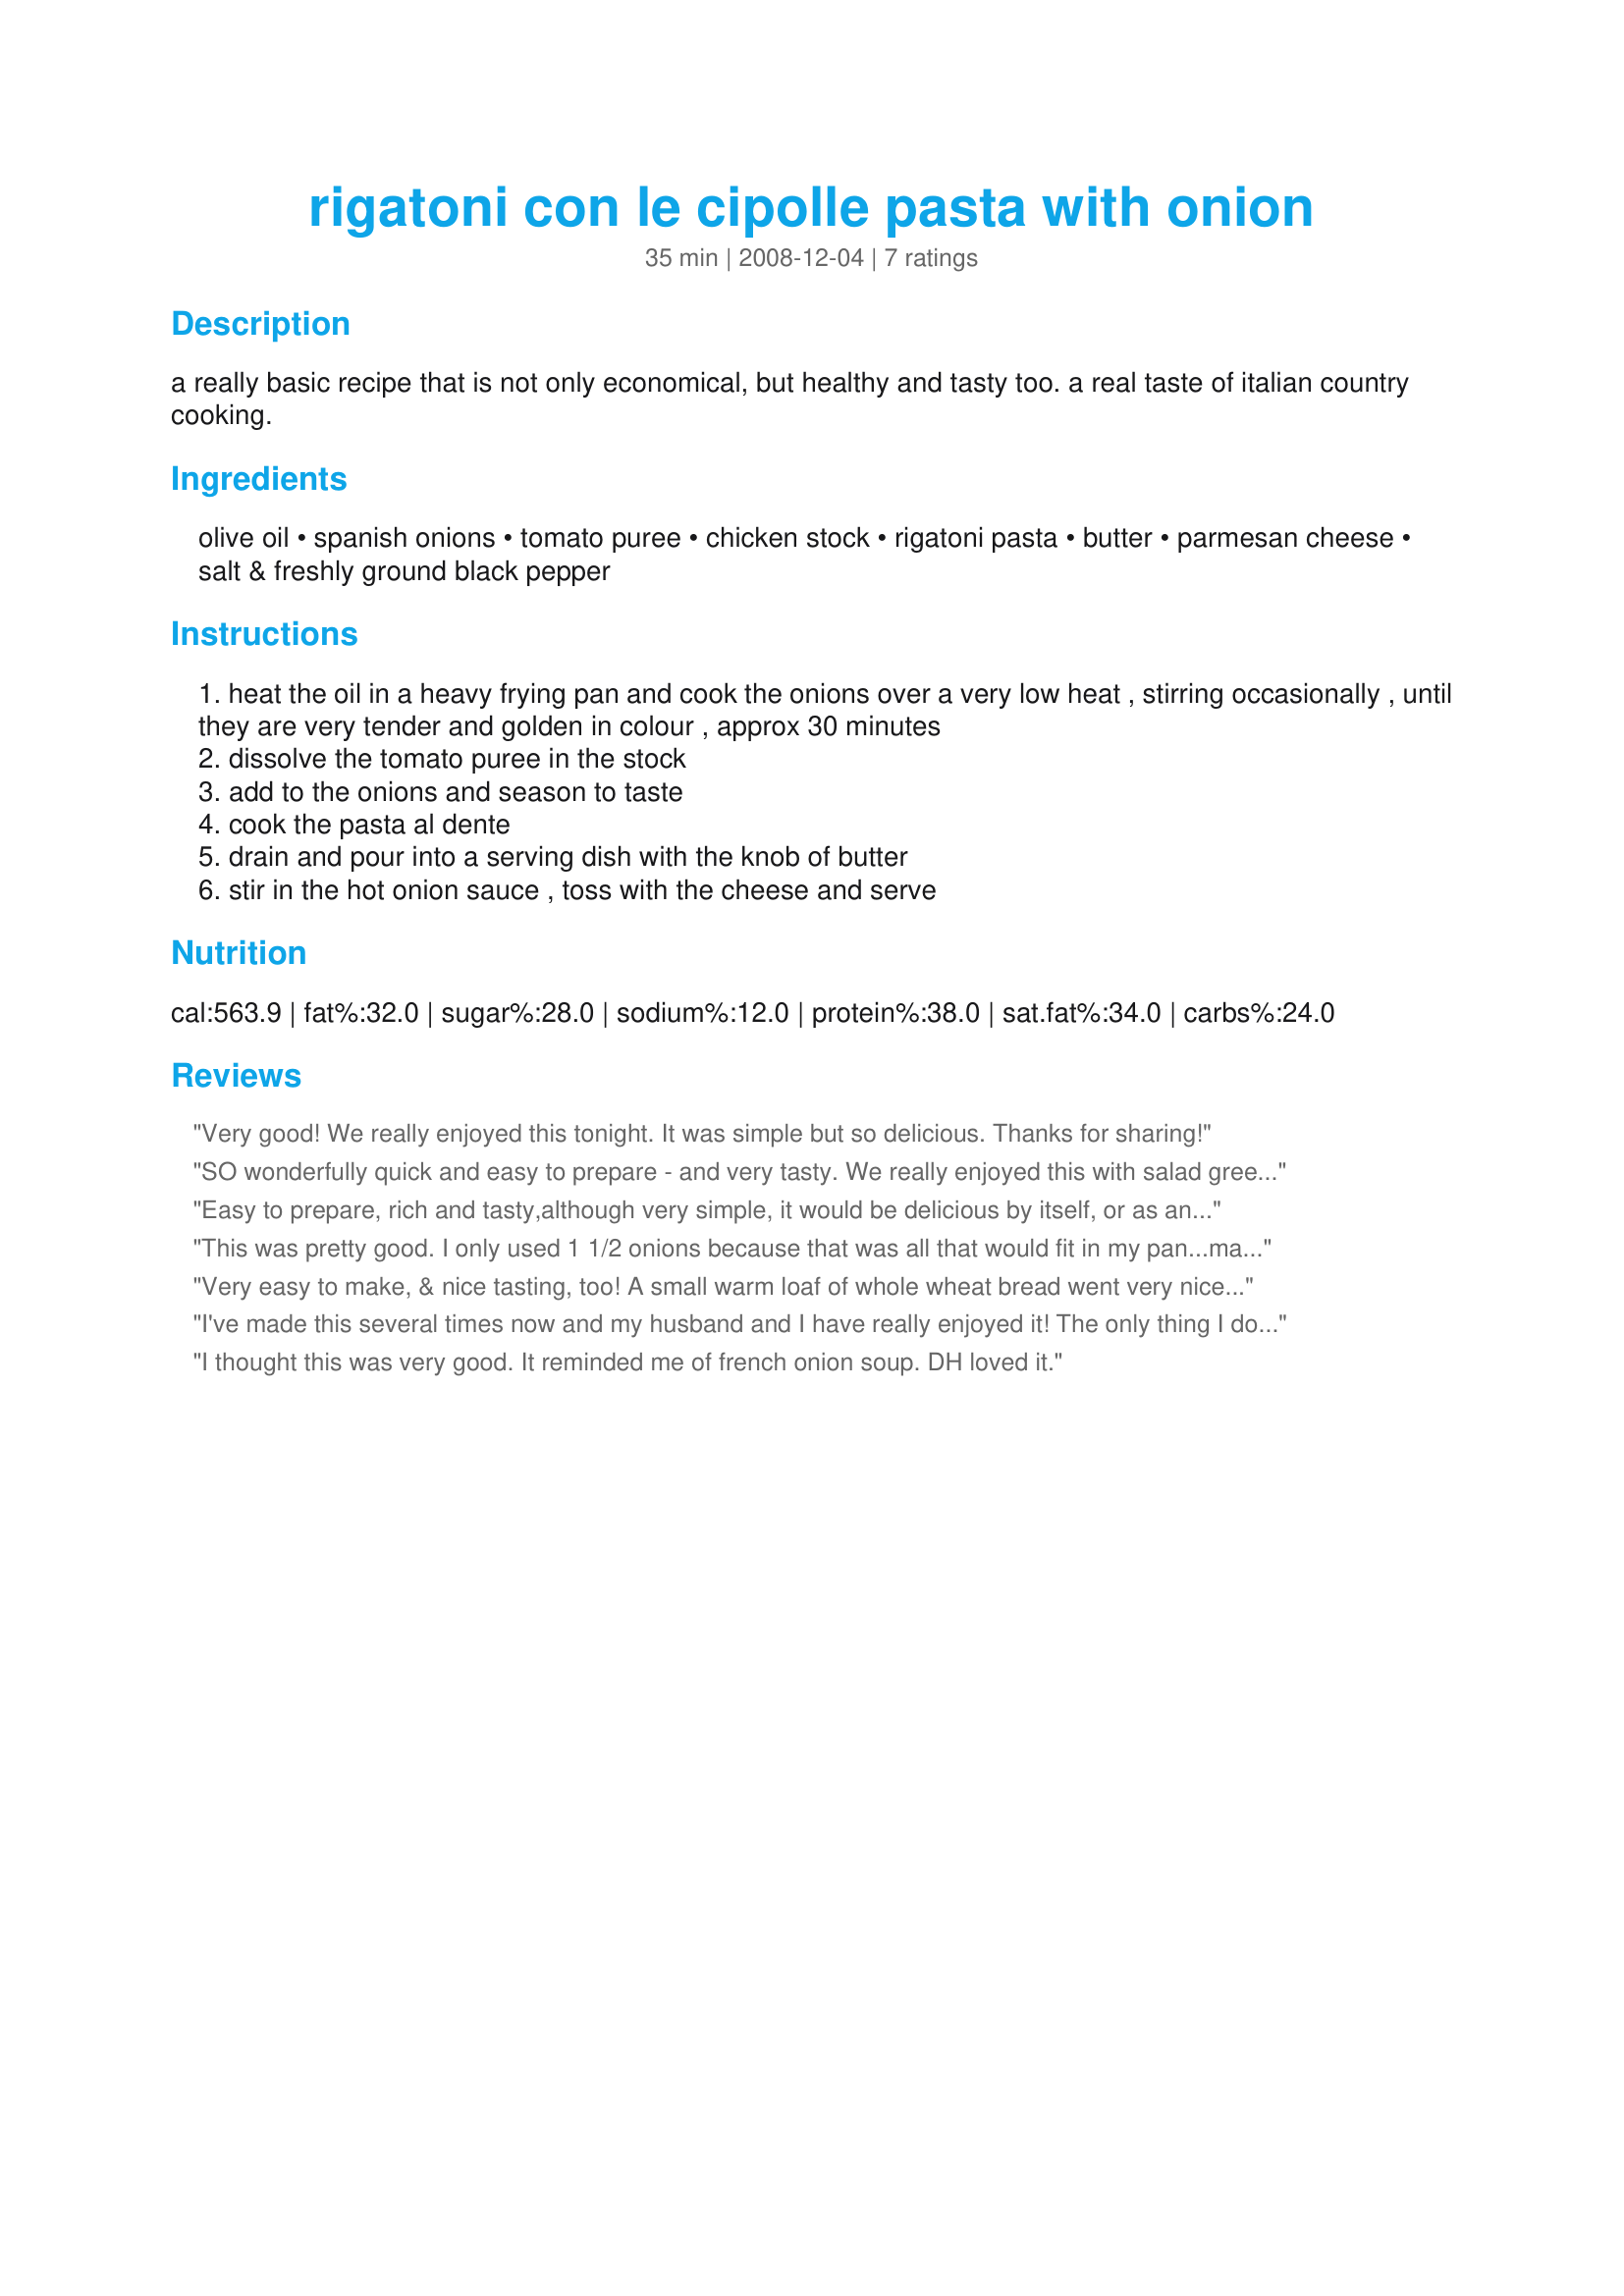
rigatoni con le cipolle pasta with onion
Preparation time: 35 minutes

a really basic recipe that is not only economical, but healthy and tasty too.
a real taste of italian country cooking.

Ingredients:
olive oil, spanish onions, tomato puree, chicken stock, rigatoni pasta, butter, parmesan cheese, salt & freshly ground black pepper

Steps:
heat the oil in a heavy frying pan and cook the onions over a very low heat , stirring occasionally , until they are very tender and golden in colour , approx 30 minutes
dissolve the tomato puree in the stock
add to the onions and season to taste
cook the pasta al dente
drain and pour into a serving dish with the knob of butter
stir in the hot onion sauce , toss with the cheese and serve

Reviews:
Very good! We really enjoyed this tonight. It was simple but so delicious. Thanks for sharing!
SO wonderfully quick and easy to prepare - and very tasty. We really enjoyed this with salad greens, crusty rolls and champagne for lunch with friends. This recipe appealed to me as it effectively showcased the onions rather than allowing them to simply play a supporting role. I made it with penne and parmesan and just couldn't resist adding two cloves of minced garlic and two chopped leeks - just so love the flavour of onions combined with these two ingredients. I also used dried (native Australian) bush tomatoes (a rather obscure ingredient, I know) as I've found that tomato paste always gives me heartburn, so this was very much a personal taste preference choice! This is a recipe I'll happily make again. Made for PRMR.
Easy to prepare, rich and tasty,although very simple, it would be delicious by itself, or as an accompaniement, which is how I used it.

I used wholewheat macaroni, and another time would probably use a softer pasta, although this did go very well, especially if having only this.
This was pretty good. I only used 1 1/2 onions because that was all that would fit in my pan...maybe my onions were really big? The rest I made as written, but then doubled the tomato paste and chicken bullion at the end because it wasn't tomato saucy enough. My husband didn't love this because he thought it was too oniony. I liked it though.
Very easy to make, & nice tasting, too! A small warm loaf of whole wheat bread went very nicely with this! I look forward to making this again! Thanks for sharing the recipe! [Tagged, made & reviewed in Gimme 5]
I've made this several times now and my husband and I have really enjoyed it! The only thing I do differently is I only use 2 onions, because otherwise my husband can't eat a whole lot (too much onion! he says). Otherwise though, very, very good!
I thought this was very good. It reminded me of french onion soup. DH loved it.
